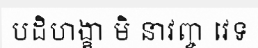
បដិហង្ខា មិ នាវញ្ច វេទ